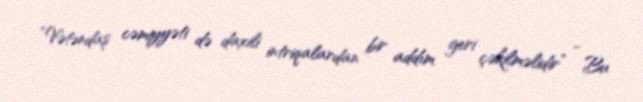
“Vətəndaş cəmiyyəti də daxili intriqalardan bir addım geri çəkilməlidir” - Bu